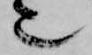
也